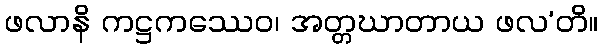
ဖလာနိ ကဋ္ဌကဿေဝ၊ အတ္တဃာတာယ ဖလ’တိ။